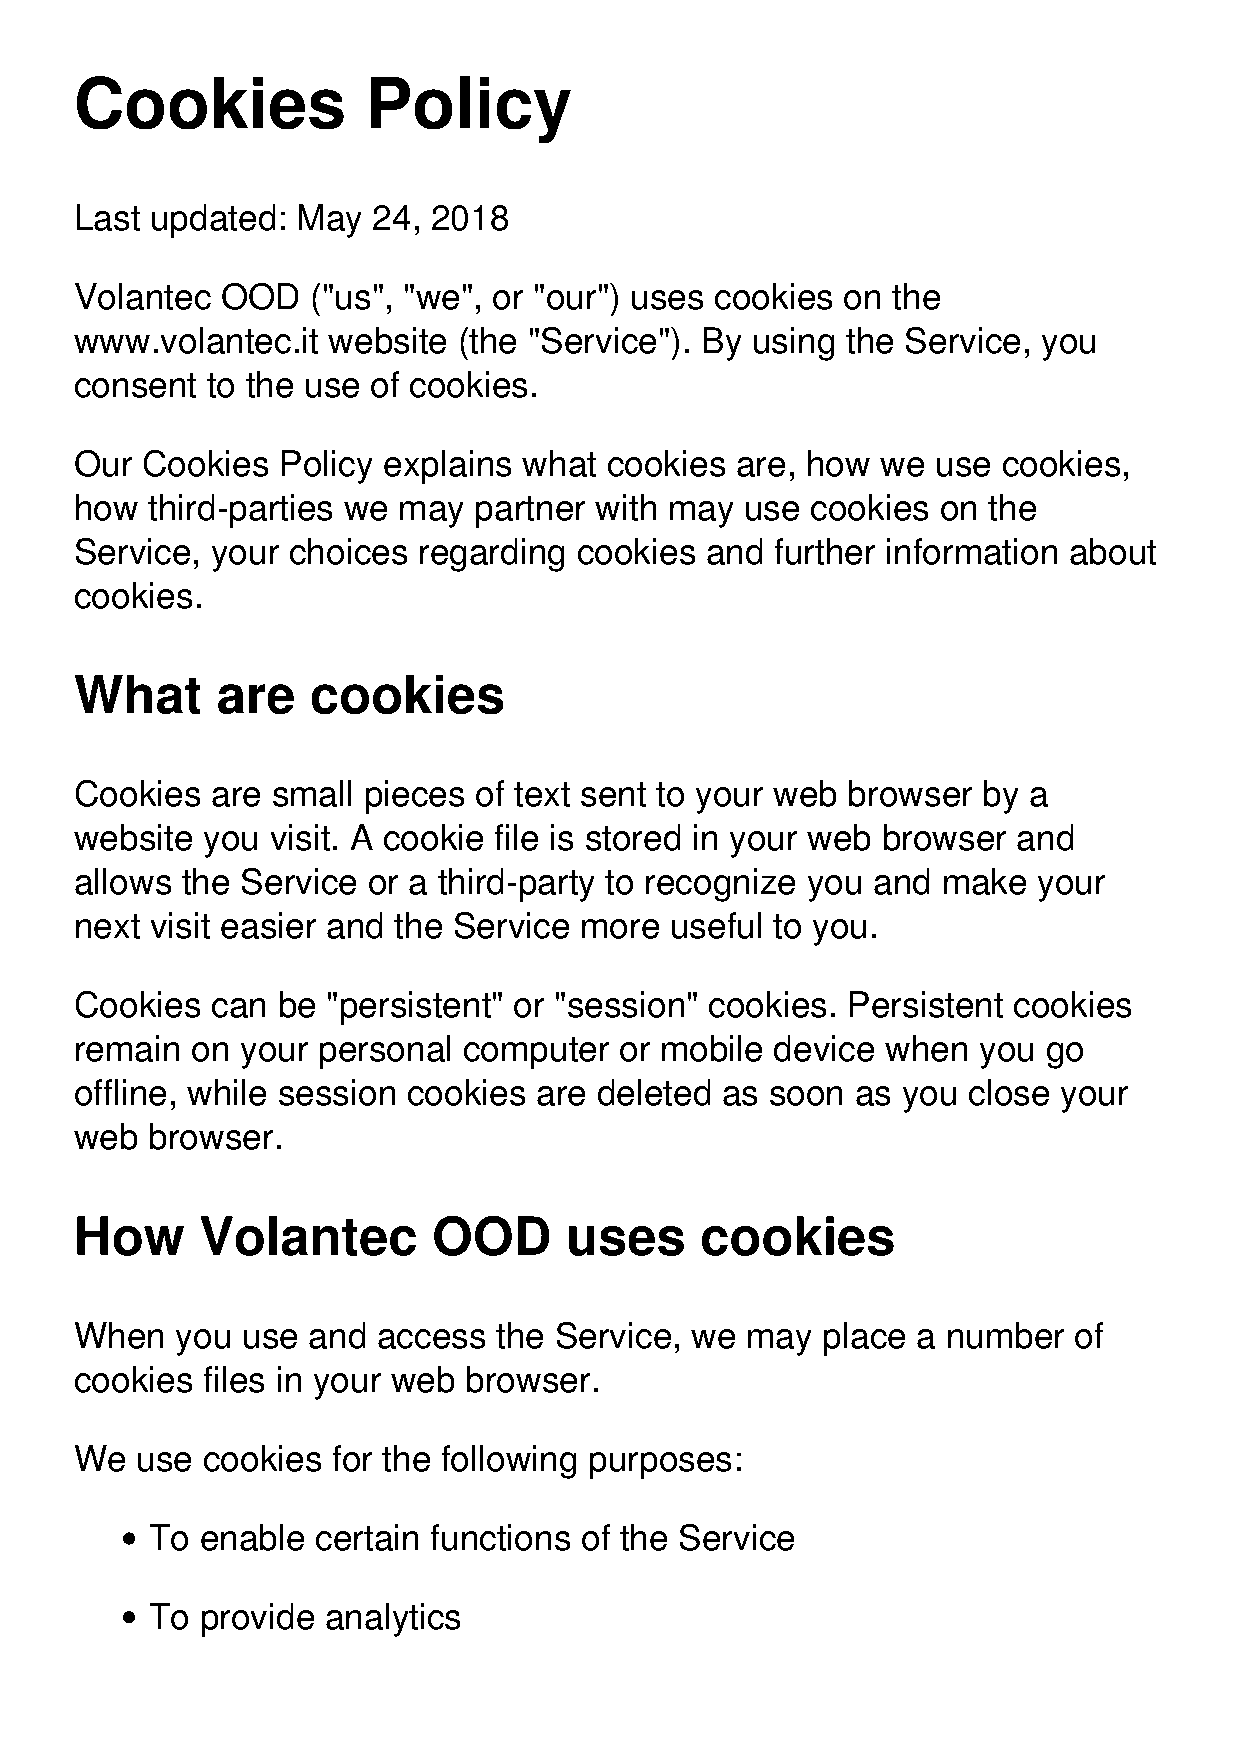
Cookies            Policy
 Last updated:  May  24, 2018
 Volantec  OOD   ("us", "we", or "our") uses cookies on the
 www.volantec.it  website (the "Service"). By using the Service, you
 consent  to the use of cookies.
 Our Cookies  Policy explains  what cookies  are, how we  use cookies,
 how  third-parties we may partner with may  use  cookies on the
 Service, your choices  regarding cookies  and further information about
 cookies.
 What     are    cookies
 Cookies  are small pieces of text sent to your web browser  by a
 website you  visit. A cookie file is stored in your web browser and
 allows the Service or a third-party to recognize you and make   your
 next visit easier and the Service more useful to you.
 Cookies  can be  "persistent" or "session" cookies. Persistent cookies
 remain  on your personal  computer  or mobile device  when  you go
 offline, while session cookies are deleted as soon  as you close your
 web  browser.
 How     Volantec        OOD     uses     cookies
 When   you use and  access  the Service, we may  place  a number  of
 cookies files in your web browser.
 We  use cookies  for the following purposes:
 To enable  certain functions of the Service
 To provide analytics